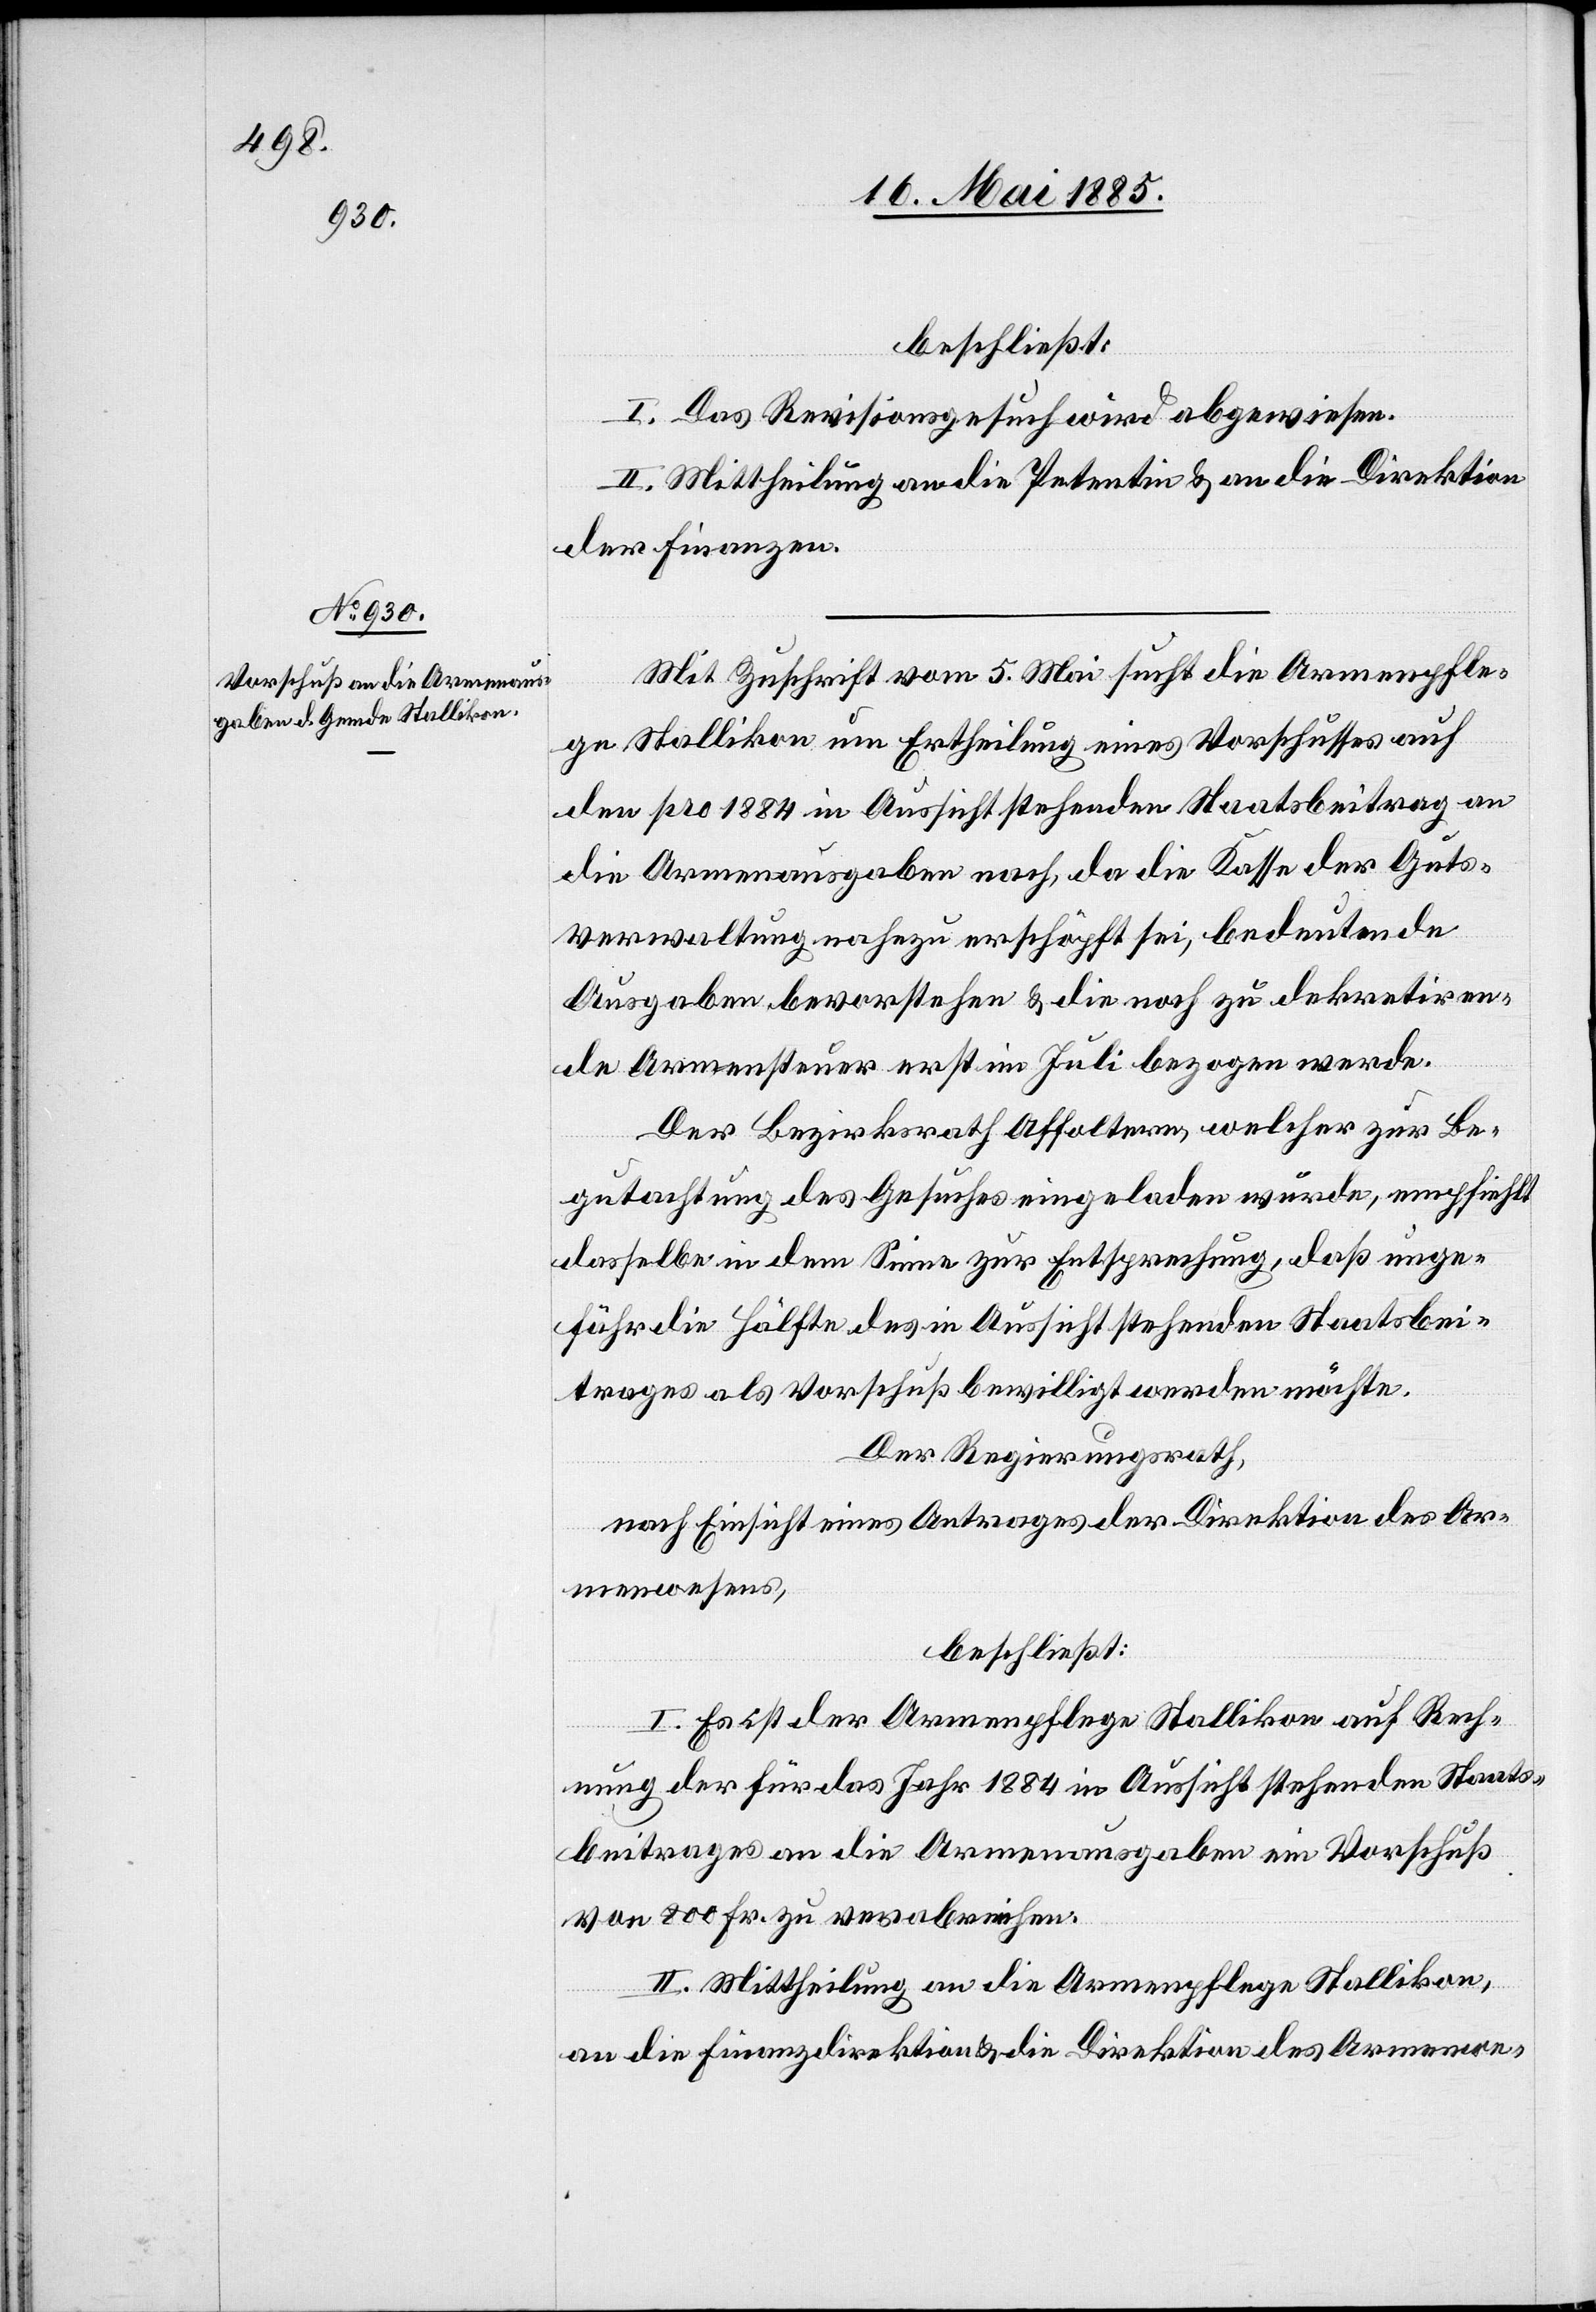
beschließt:
I. Das Revisionsgesuch wird abgewiesen.
II. Mittheilung an die Petentin & an die Direktion
der Finanzen.
Mit Zuschrift vom 5. Mai sucht die Armenpfle¬
ge Stallikon um Ertheilung eines Vorschusses auf
den pro 1884 in Aussicht stehenden Staatsbeitrag an
die Armenausgaben nach, da die Kasse der Guts¬
verwaltung nahezu erschöpft sei, bedeutende
Ausgaben bevorstehen & die noch zu dekretiren¬
de Armensteuer erst im Juli bezogen werde.
Der Bezirksrath Affoltern, welcher zur Be¬
gutachtung des Gesuches eingeladen wurde, empfiehlt
dasselbe in dem Sinne zur Entsprechung, daß unge¬
fähr die Hälfte des in Aussicht stehenden Staatsbei¬
trages als Vorschuß bewilligt werden möchte.
Der Regierungsrath,
nach Einsicht eines Antrages der Direktion des Ar¬
menwesens,
beschließt:
I. Es ist der Armenpflege Stallikon auf Rech¬
nung der für das Jahr 1884 in Aussicht stehenden Staats¬
beitrages an die Armenausgaben ein Vorschuß
von 200 Fr. zu verabreichen.
II. Mittheilung an die Armenpflege Stallikon,
an die Finanzdirektion & die Direktion des Armenwe-